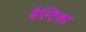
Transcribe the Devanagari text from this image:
बैल्टिका